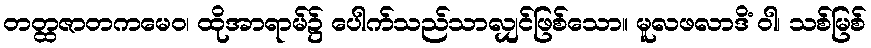
တတ္ထဇာတကမေဝ၊ ထိုအာရာမ်၌ ပေါက်သည်သာလျှင်ဖြစ်သော။ မူလဖလာဒိံ ဝါ၊ သစ်မြစ်